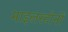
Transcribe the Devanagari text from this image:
माइलस्टोनों